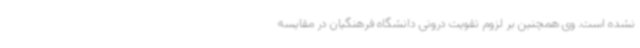
نشده است. وی همچنین بر لزوم تقویت درونی دانشگاه فرهنگیان در مقایسه